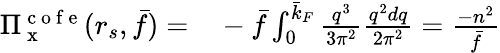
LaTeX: \begin{array}{rl}{\Pi_{\mathrm{~x~}}^{\mathrm{~c~o~f~e~}}(r_{s},\bar{f})=}&{{}-\bar{f}\int_{0}^{\bar{k}_{F}}\frac{q^{3}}{3\pi^{2}}\frac{q^{2}dq}{2\pi^{2}}=\frac{-n^{2}}{\bar{f}}}\end{array}